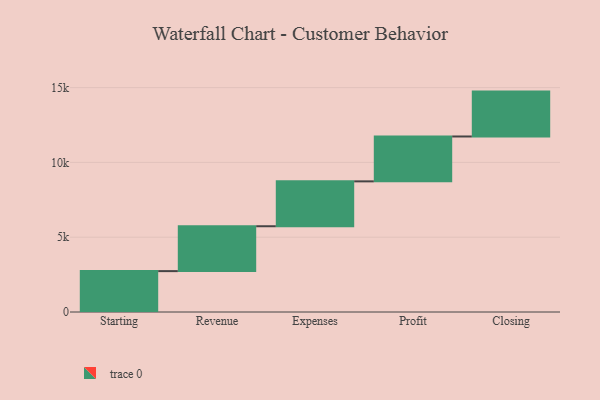
{"axis": {"x": "Step", "y": "Value"}, "legend": [""], "data": [{"x": "Starting", "y": 2733.0, "type": ""}, {"x": "Revenue", "y": 3000, "type": ""}, {"x": "Expenses", "y": 3000, "type": ""}, {"x": "Profit", "y": 3000, "type": ""}, {"x": "Closing", "y": 3000, "type": ""}]}